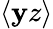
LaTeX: \langle\mathbf{y}z\rangle